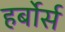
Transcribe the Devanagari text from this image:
हर्बोर्स